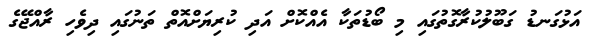
އަޅުގަނޑު ގަބޫލުކުރާގޮތުގައި މި ބޯޑުތަކާ އެއްކޮށް އަދި ކުރިޔަށްއޮތް ތަނުގައި ދިވެހި ރާއްޖޭގެ